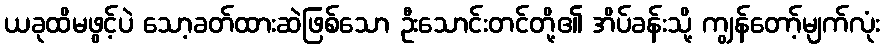
ယခုထိမဖွင့်ပဲ သော့ခတ်ထားဆဲဖြစ်သော ဦးသောင်းတင်တို့၏ အိပ်ခန်းသို့ ကျွန်တော့်မျက်လုံး